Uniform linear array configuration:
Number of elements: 4
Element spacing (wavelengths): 0.25
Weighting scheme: hann
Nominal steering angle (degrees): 60
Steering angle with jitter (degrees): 59.885
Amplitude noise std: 0.05
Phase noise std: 0.05

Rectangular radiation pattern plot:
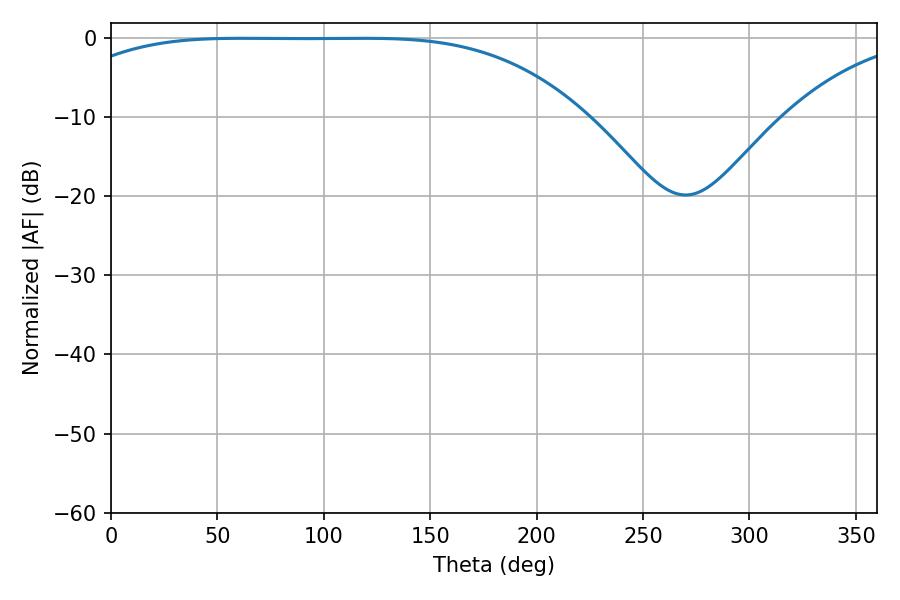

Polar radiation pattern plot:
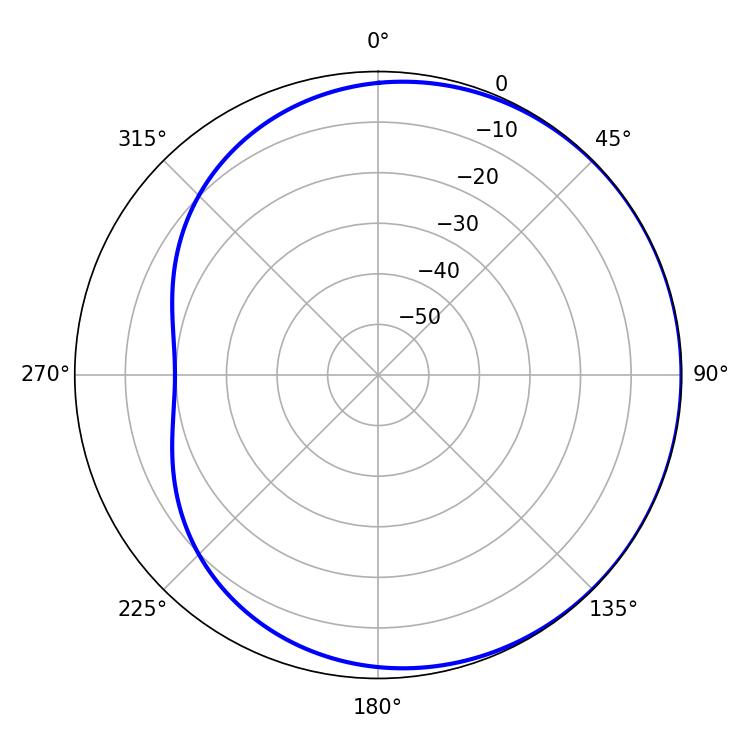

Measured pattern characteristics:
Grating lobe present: FALSE
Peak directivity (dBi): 0.5901
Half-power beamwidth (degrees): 187.02
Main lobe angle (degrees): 61.38